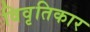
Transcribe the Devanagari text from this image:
विवृतिकार